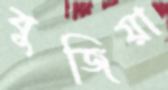
বুজিয়া